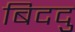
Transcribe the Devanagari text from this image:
बिददु